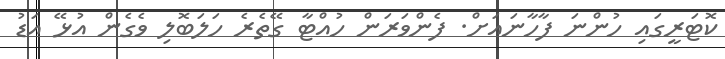
ކޮޓަރީގައި ހުންނަ ފާހާނައަށް. ފެންވަރަން ހުއްޓާ ގޭތެރެ ހަލަބޮލި ވެގެން އުޅޭ އަޑު